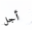
أجل